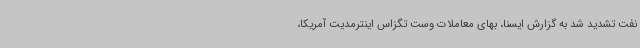
نفت تشدید شد به گزارش ایسنا، بهای معاملات وست تگزاس اینترمدیت آمریکا،